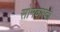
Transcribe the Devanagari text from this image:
सोमवारको